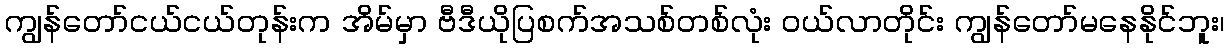
ကျွန်တော်ငယ်ငယ်တုန်းက အိမ်မှာ ဗီဒီယိုပြစက်အသစ်တစ်လုံး ဝယ်လာတိုင်း ကျွန်တော်မနေနိုင်ဘူး၊